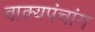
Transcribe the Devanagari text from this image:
वाक्यपंचांग